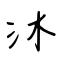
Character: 沐